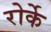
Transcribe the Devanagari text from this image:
रोर्के